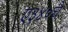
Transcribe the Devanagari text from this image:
ए३४०चे